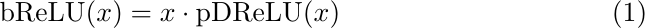
\begin{equation}
\text{bReLU}(x) = x \cdot \text{pDReLU}(x)
\label{eq:bReLU}
\end{equation}